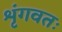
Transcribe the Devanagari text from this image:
शृंगवतः